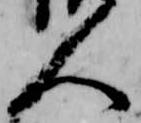
人